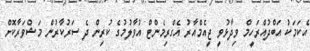
އެކަމަކު އަބްދުއްރަހީމް ވިދާޅުވީ ޖީއެމްއާރު އެގްރިމެންޓް އުވާލުމުގެ ކުރިން ދެ ސަރުކާރުން މަޝްވަރާކޮށް